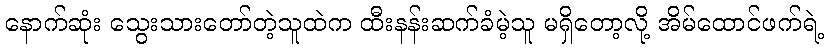
နောက်ဆုံး သွေးသားတော်တဲ့သူထဲက ထီးနန်းဆက်ခံမဲ့သူ မရှိတော့လို့ အိမ်ထောင်ဖက်ရဲ့